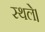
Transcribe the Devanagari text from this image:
स्थले।